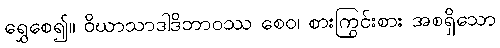
ရွှေစေ၍။ ဝိဃာသာဒါဒိဘာဝဿ စေဝ၊ စားကြွင်းစား အစရှိသော